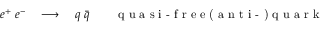
\begin{array} { r } { e ^ { + } \; e ^ { - } \quad \longrightarrow \quad q \; \bar { q } \qquad \textrm { q u a s i - f r e e ( a n t i - ) q u a r k } } \end{array}